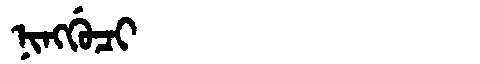
Manchu: ᠨᡳᠩᡤᡠᠴᡳ
Romanization: NINGGUCI